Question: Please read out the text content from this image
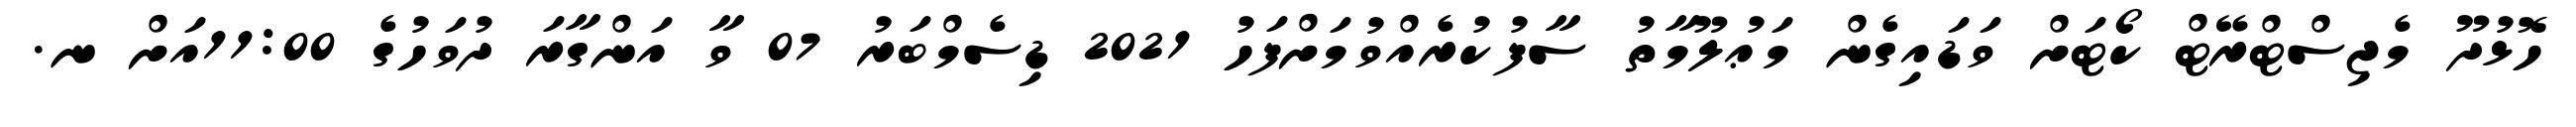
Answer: ހޮޅުދޫ މެޖިސްޓްރޭޓް ކޯޓަށް ވަޑައިގެން މަޢުލޫމާތު ސާފުކުރެއްވުމަށްފަހު 2021 ޑިސެމްބަރު 07 ވާ އަންގާރަ ދުވަހުގެ 11:00އަށް ނ.